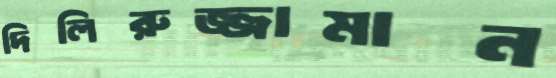
দিলিরুজ্জামান